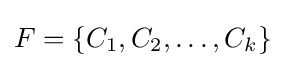
F=\{C_{1},C_{2},\ldots ,C_{k}\}